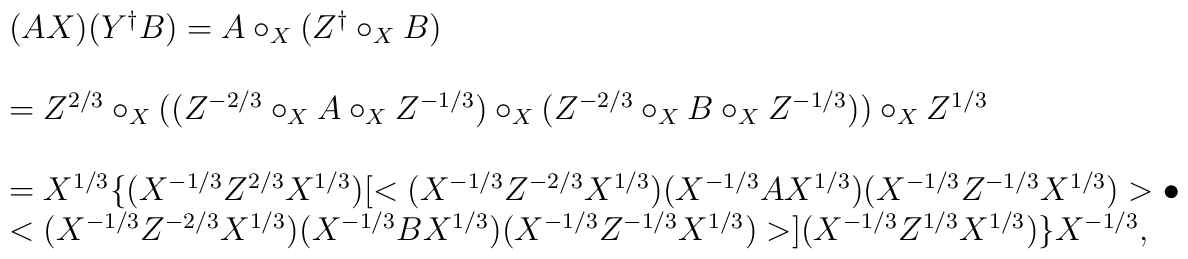
\begin{array}{l}(AX)(Y^{ \dagger }B)  =A\circ_{X}(Z^{ \dagger }\circ_{X}B) \\ \\=Z^{2/3}\circ_{X}((Z^{-2/3}\circ_{X}A\circ_{X}Z^{-1/3})\circ_{X}(Z^{-2/3}\circ_{X}B\circ_{X}Z^{-1/3}))\circ_{X}Z^{1/3} \\ \\=X^{1/3}\{(X^{-1/3}Z^{2/3}X^{1/3})[<(X^{-1/3}Z^{-2/3}X^{1/3})(X^{-1/3}AX^{1/3})(X^{-1/3}Z^{-1/3}X^{1/3})>\bullet \\<(X^{-1/3}Z^{-2/3}X^{1/3})(X^{-1/3}BX^{1/3})(X^{-1/3}Z^{-1/3}X^{1/3})>](X^{-1/3}Z^{1/3}X^{1/3})\}X^{-1/3},\\\end{array}